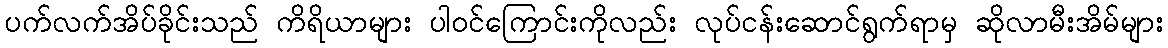
ပက်လက်အိပ်ခိုင်းသည် ကိရိယာများ ပါဝင်ကြောင်းကိုလည်း လုပ်ငန်းဆောင်ရွက်ရာမှ ဆိုလာမီးအိမ်များ